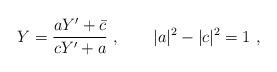
LaTeX: \begin{align*}Y = {aY' +\bar c \over cY' + a} \ , \qquad |a|^2 - |c|^2 = 1 \ ,\end{align*}